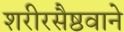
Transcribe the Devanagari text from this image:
शरीरसैष्ठवाने